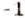
-1